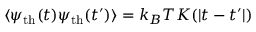
\langle \psi _ { \mathrm { t h } } ( t ) \psi _ { \mathrm { t h } } ( t ^ { \prime } ) \rangle = k _ { B } T K ( | t - t ^ { \prime } | )